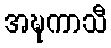
အဍ္ဎကာသီ